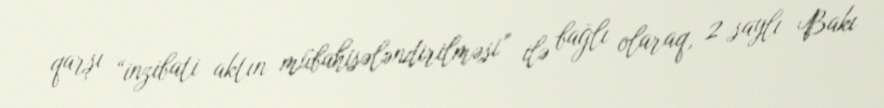
qarşı “inzibati aktın mübahisələndirilməsi” ilə bağlı olaraq, 2 saylı Bakı